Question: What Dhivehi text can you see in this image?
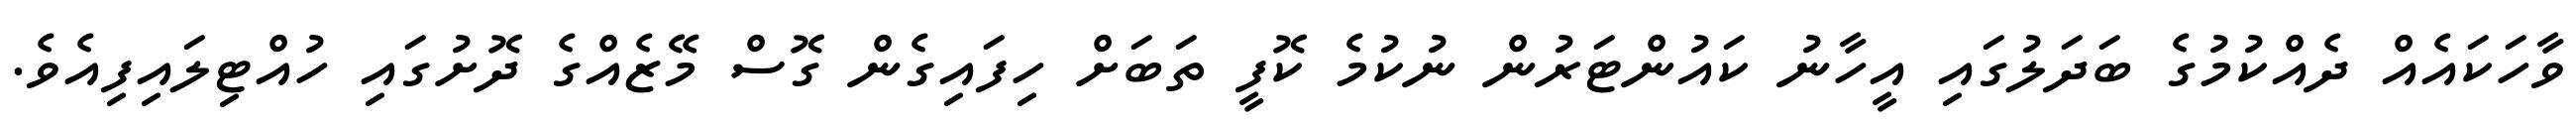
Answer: ވާހަކައެއް ދެއްކުމުގެ ބަދަލުގައި އީހާނު ކައުންޓަރުން ނުކުމެ ކޮފީ ތަބަށް ހިފައިގެން ގޮސް މޭޒެއްގެ ދޮށުގައި ހުއްޓިލައިފިއެވެ.